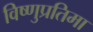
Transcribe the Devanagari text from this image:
विष्णुप्रतिमा